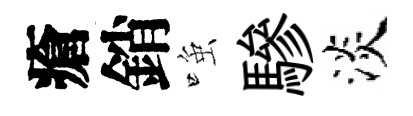
瘡銷𫪻驂淡